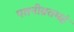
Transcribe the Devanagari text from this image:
पतनीव्रतमहं